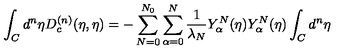
\int _ { C } { d ^ { n } } { \eta } D _ { c } ^ { ( n ) } ( \eta , { \eta } ) = - \sum _ { N = 0 } ^ { N _ { 0 } } \sum _ { \alpha = 0 } ^ { N } \frac { 1 } { \lambda _ { N } } Y _ { \alpha } ^ { N } ( { \eta } ) Y _ { \alpha } ^ { N } ( { \eta } ) \int _ { C } { d ^ { n } } { \eta }